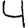
Digit: 4